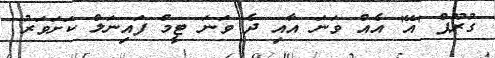
ގުރޫޕް 'އޭ' އެއް ވަނަ އާއި ދެ ވަނަ ޓީމް ފައިނަލް ކަށަވަރު